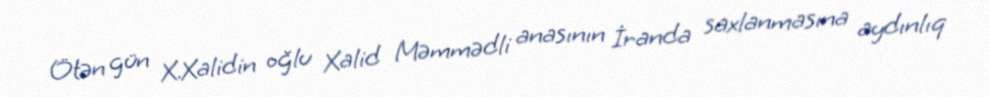
Ötən gün X.Xalidin oğlu Xalid Məmmədli anasının İranda saxlanmasına aydınlıq